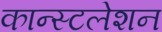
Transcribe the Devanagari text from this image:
कान्स्टलेशन